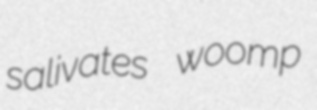
salivates woomp